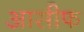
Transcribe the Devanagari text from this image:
आसीफ